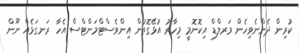
ކުރިން ދެންނެވިހެން ވަރލްޑް އިކޮނޮމީ މިހާރު އުޅޭގޮތުން އިންވެސްޓްމަންޓްސް އެހާ ރަނގަޅެއް ނޫން